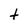
Character: t